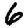
Digit: 6